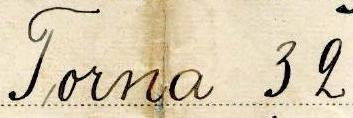
Torna 32